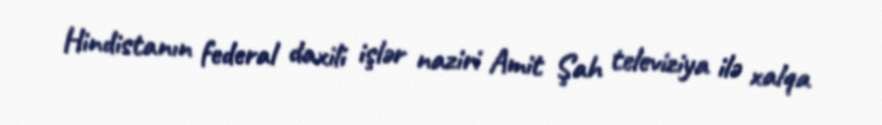
Hindistanın federal daxili işlər naziri Amit Şah televiziya ilə xalqa